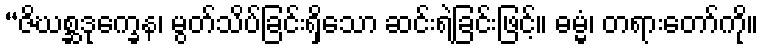
“ဇိဃစ္ဆဒုက္ခေန၊ မွတ်သိပ်ခြင်းရှိသော ဆင်းရဲခြင်းဖြင့်။ ဓမ္မံ၊ တရားတော်ကို။